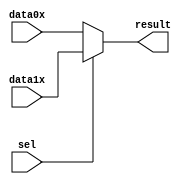
module mux2to1_8bit(
	data0x,
	data1x,
	sel,
	result);

	input	[7:0]  data0x;
	input	[7:0]  data1x;
	input	  sel;
	output	[7:0]  result;

	assign result = sel ? data1x : data0x;

endmodule